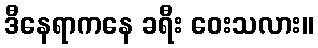
ဒီနေရာကနေ ခရီး ဝေးသလား။